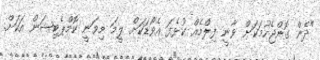
"ދެން ގޮންޖެހުމަކަށް ވާނީ ފިލްމެއް ކުޅެފަ އެވޯޑަކަށް ލީމަ މިވަނީ ކޮމްޕެޓިޝަން އަކަށް.